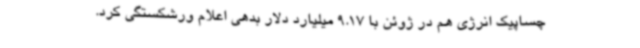
چساپیک انرژی هم در ژوئن با 9.17 میلیارد دلار بدهی اعلام ورشکستگی کرد.